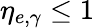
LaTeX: \eta_{e,\gamma}\leq 1